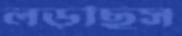
লড়ছিস